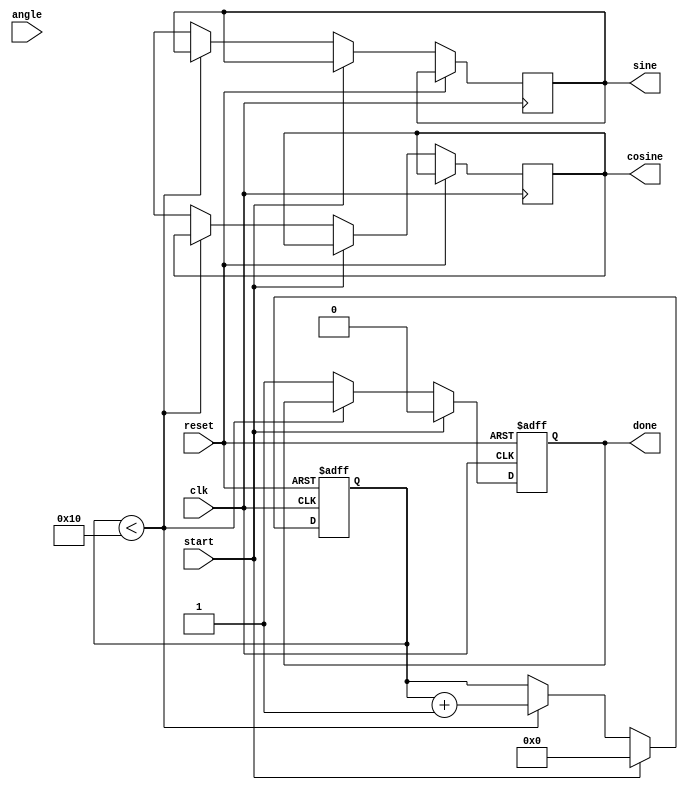
module CORDIC (
    input wire clk,
    input wire reset,
    input wire start,
    input wire [15:0] angle, // Fixed-point angle input (in radians)
    output wire [15:0] sine, // Output for sine
    output wire [15:0] cosine, // Output for cosine
    output wire done // Indicates completion of calculation
);

    parameter NUM_ITERATIONS = 16; // Number of iterations
    parameter LUT_SIZE = NUM_ITERATIONS; // Size of LUT

    reg [15:0] angle_lut [0:LUT_SIZE-1]; // Angle LUT
    reg [15:0] scale_lut [0:LUT_SIZE-1]; // Scale LUT
    reg [15:0] x [0:NUM_ITERATIONS-1]; // X values
    reg [15:0] y [0:NUM_ITERATIONS-1]; // Y values

    reg [3:0] iteration_count;
    reg [15:0] current_angle;
    reg [15:0] x_current;
    reg [15:0] y_current;
    reg [1:0] state;
    reg done_flag;

    // Initialize LUTs with precomputed values (for example purposes)
    initial begin
        // Populate Angle LUT with values of arctan(2^-i) for i = 0 to NUM_ITERATIONS-1
        angle_lut[0] = 16'h2000; // 30 degrees in fixed-point
        angle_lut[1] = 16'h1333; // 15 degrees in fixed-point
        angle_lut[2] = 16'h0A4D; // 7.5 degrees in fixed-point
        angle_lut[3] = 16'h052A; // 3.75 degrees in fixed-point
        // Continue filling LUT with appropriate values...

        // Populate Scale LUT with precomputed scaling factors
        scale_lut[0] = 16'h4000; // Scaling factor for 1st iteration
        scale_lut[1] = 16'h2D41; // Scaling factor for 2nd iteration
        scale_lut[2] = 16'h1D89; // Scaling factor for 3rd iteration
        // Continue filling LUT with appropriate values...
    end

    // State machine for control logic
    always @(posedge clk or posedge reset) begin
        if (reset) begin
            iteration_count <= 0;
            done_flag <= 0;
            x[0] <= 16'h4000; // Initial value for x (1.0 in fixed-point)
            y[0] <= 16'h0000; // Initial value for y (0.0 in fixed-point)
        end else if (start) begin
            current_angle <= angle;
            iteration_count <= 0;
            done_flag <= 0;
            x[0] <= 16'h4000; // Initial value for x (1.0)
            y[0] <= 16'h0000; // Initial value for y (0.0)
        end else if (iteration_count < NUM_ITERATIONS) begin
            // Perform CORDIC rotation
            x_current <= x[iteration_count];
            y_current <= y[iteration_count];
            if (current_angle >= angle_lut[iteration_count]) begin
                // Rotate clockwise
                x[iteration_count + 1] <= x_current - (y_current >>> iteration_count);
                y[iteration_count + 1] <= y_current + (x_current >>> iteration_count);
                current_angle <= current_angle - angle_lut[iteration_count];
            end else begin
                // Rotate counter-clockwise
                x[iteration_count + 1] <= x_current + (y_current >>> iteration_count);
                y[iteration_count + 1] <= y_current - (x_current >>> iteration_count);
                current_angle <= current_angle + angle_lut[iteration_count];
            end
            iteration_count <= iteration_count + 1;
        end else begin
            // Final output assignment
            sine <= y[NUM_ITERATIONS];
            cosine <= x[NUM_ITERATIONS];
            done_flag <= 1;
        end
    end

    assign done = done_flag;

endmodule